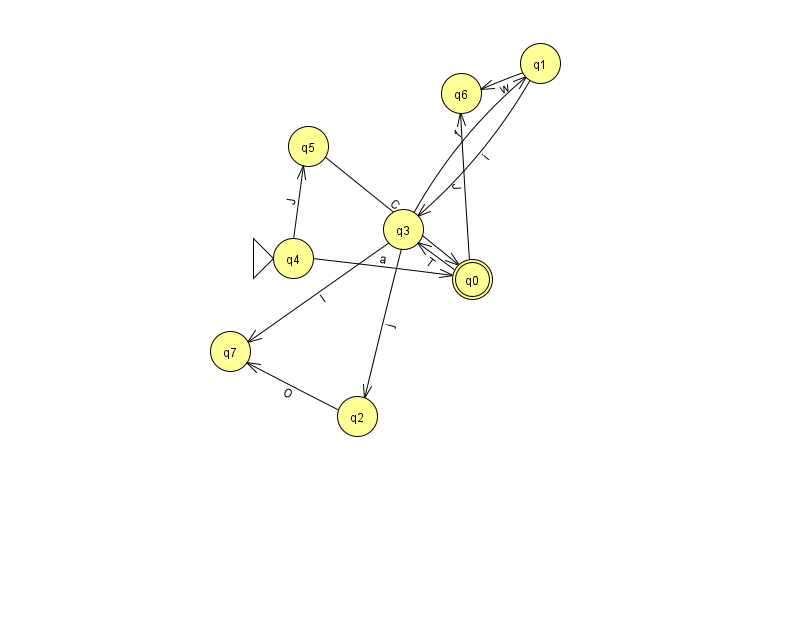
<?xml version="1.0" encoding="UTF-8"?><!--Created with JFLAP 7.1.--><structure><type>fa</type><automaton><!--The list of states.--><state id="0" name="q0"><x>472.0</x><y>266.0</y><final/></state><state id="1" name="q1"><x>540.0</x><y>50.0</y></state><state id="2" name="q2"><x>357.0</x><y>403.0</y></state><state id="3" name="q3"><x>403.0</x><y>216.0</y></state><state id="4" name="q4"><x>293.0</x><y>245.0</y><initial/></state><state id="5" name="q5"><x>308.0</x><y>133.0</y></state><state id="6" name="q6"><x>461.0</x><y>80.0</y></state><state id="7" name="q7"><x>230.0</x><y>338.0</y></state><!--The list of transitions.--><transition><from>0</from><to>3</to><read>T</read></transition><transition><from>4</from><to>0</to><read>a</read></transition><transition><from>1</from><to>6</to><read>w</read></transition><transition><from>0</from><to>6</to><read>J</read></transition><transition><from>5</from><to>0</to><read>C</read></transition><transition><from>1</from><to>3</to><read>i</read></transition><transition><from>3</from><to>1</to><read>f</read></transition><transition><from>3</from><to>2</to><read>j</read></transition><transition><from>3</from><to>7</to><read>l</read></transition><transition><from>2</from><to>7</to><read>O</read></transition><transition><from>4</from><to>5</to><read>J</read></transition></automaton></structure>